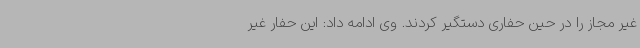
غیر مجاز را در حین حفاری دستگیر کردند. وی ادامه داد: این حفار غیر